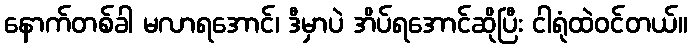
နောက်တစ်ခါ မလာရအောင်၊ ဒီမှာပဲ အိပ်ရအောင်ဆိုပြီး ငါရုံထဲဝင်တယ်။